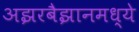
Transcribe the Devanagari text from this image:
अझरबैझानमध्ये